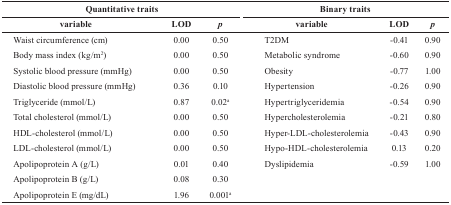
| <COLSPAN=3> Quantitative traits | <COLSPAN=3> Binary traits |
 | variable | LOD | p | variable | LOD | p |
 | --- | --- | --- | --- | --- | --- |
 | Waist circumference (cm) | 0.00 | 0.50 | T2DM | −0.41 | 0.90 |
 | Body mass index (kg/m2) | 0.00 | 0.50 | Metabolic syndrome | −0.60 | 0.90 |
 | Systolic blood pressure (mmHg) | 0.00 | 0.50 | Obesity | −0.77 | 1.00 |
 | Diastolic blood pressure (mmHg) | 0.36 | 0.10 | Hypertension | −0.26 | 0.90 |
 | Triglyceride (mmol/L) | 0.87 | 0.02a | Hypertriglyceridemia | −0.54 | 0.90 |
 | Total cholesterol (mmol/L) | 0.00 | 0.50 | Hypercholesterolemia | −0.21 | 0.80 |
 | HDL-cholesterol (mmol/L) | 0.00 | 0.50 | Hyper-LDL-cholesterolemia | −0.43 | 0.90 |
 | LDL-cholesterol (mmol/L) | 0.00 | 0.50 | Hypo-HDL-cholesterolemia | 0.13 | 0.20 |
 | Apolipoprotein A (g/L) | 0.01 | 0.40 | Dyslipidemia | −0.59 | 1.00 |
 | Apolipoprotein B (g/L) | 0.08 | 0.30 |  |  |  |
 | Apolipoprotein E (mg/dL) | 1.96 | 0.001a |  |  |  |